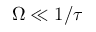
\Omega \ll 1 / \tau